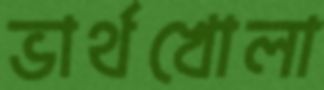
ভার্থখোলা